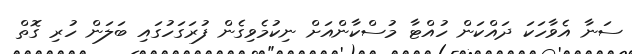
ސަނާ އެވާހަކަ ދައްކަން ހުއްޓާ މުސްކާންއަށް ނިކުމެވިގެން ފުރަގަހުގައި ބަލަން ހުރި ގޮތް